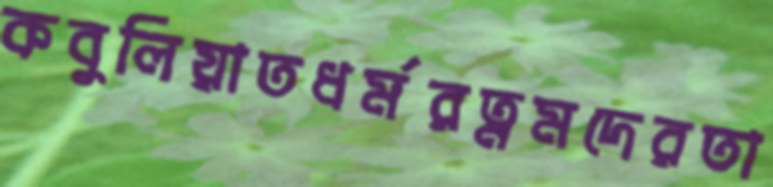
কবুলিয়াতধর্মরত্নমদেরতা